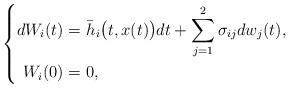
LaTeX: \begin{align*}\left\{\begin{aligned} dW_{i}(t)=&\ \bar{h}_{i}\big(t, x(t)\big)dt+\sum_{j=1}^{2}\sigma_{ij}dw_{j}(t), \\ W_{i}(0)=&\ 0, \end{aligned} \right.\end{align*}